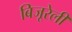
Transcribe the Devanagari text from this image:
बिजूरेली